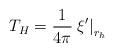
LaTeX: \begin{align*}T_{H}=\frac{1}{4\pi }\left. \xi' \right| _{r_{h}}\end{align*}